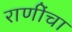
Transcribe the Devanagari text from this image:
राणींचा